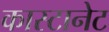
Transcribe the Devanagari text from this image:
कास्टानेट